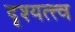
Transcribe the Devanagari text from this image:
दृश्‍यत्त्व